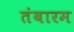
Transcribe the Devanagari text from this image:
तंबारम